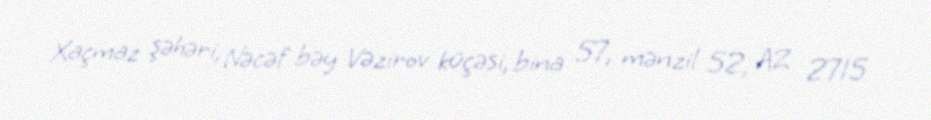
Xaçmaz şəhəri, Nəcəf bəy Vəzirov küçəsi, bina 57, mənzil 52, AZ 2715